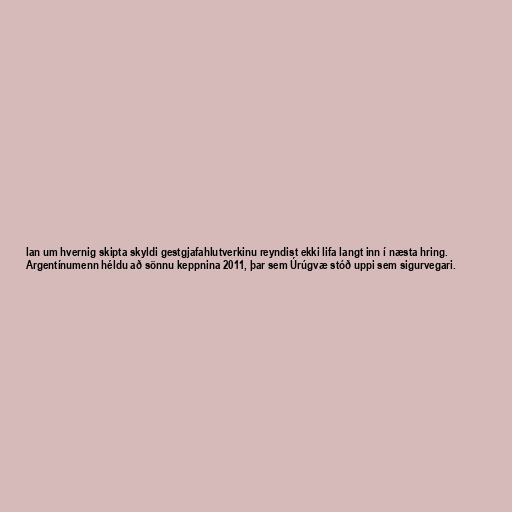
lan um hvernig skipta skyldi gestgjafahlutverkinu reyndist ekki lifa langt inn í næsta hring.
Argentínumenn héldu að sönnu keppnina 2011, þar sem Úrúgvæ stóð uppi sem sigurvegari.